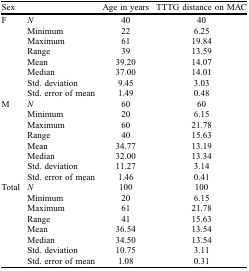
<table><thead><tr><td><b>Sex</b></td><td></td><td><b>Age in years</b></td><td><b>TTTG distance on MAC</b></td></tr></thead><tbody><tr><td rowspan="8">F</td><td><i>N</i></td><td>40</td><td>40</td></tr><tr><td>Minimum</td><td>22</td><td>6.25</td></tr><tr><td>Maximum</td><td>61</td><td>19.84</td></tr><tr><td>Range</td><td>39</td><td>13.59</td></tr><tr><td>Mean</td><td>39.20</td><td>14.07</td></tr><tr><td>Median</td><td>37.00</td><td>14.01</td></tr><tr><td>Std. deviation</td><td>9.45</td><td>3.03</td></tr><tr><td>Std. error of mean</td><td>1.49</td><td>0.48</td></tr><tr><td rowspan="8">M</td><td><i>N</i></td><td>60</td><td>60</td></tr><tr><td>Minimum</td><td>20</td><td>6.15</td></tr><tr><td>Maximum</td><td>60</td><td>21.78</td></tr><tr><td>Range</td><td>40</td><td>15.63</td></tr><tr><td>Mean</td><td>34.77</td><td>13.19</td></tr><tr><td>Median</td><td>32.00</td><td>13.34</td></tr><tr><td>Std. deviation</td><td>11.27</td><td>3.14</td></tr><tr><td>Std. error of mean</td><td>1.46</td><td>0.41</td></tr><tr><td rowspan="8">Total</td><td><i>N</i></td><td>100</td><td>100</td></tr><tr><td>Minimum</td><td>20</td><td>6.15</td></tr><tr><td>Maximum</td><td>61</td><td>21.78</td></tr><tr><td>Range</td><td>41</td><td>15.63</td></tr><tr><td>Mean</td><td>36.54</td><td>13.54</td></tr><tr><td>Median</td><td>34.50</td><td>13.54</td></tr><tr><td>Std. deviation</td><td>10.75</td><td>3.11</td></tr><tr><td>Std. error of mean</td><td>1.08</td><td>0.31</td></tr></tbody></table>